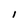
Character: I